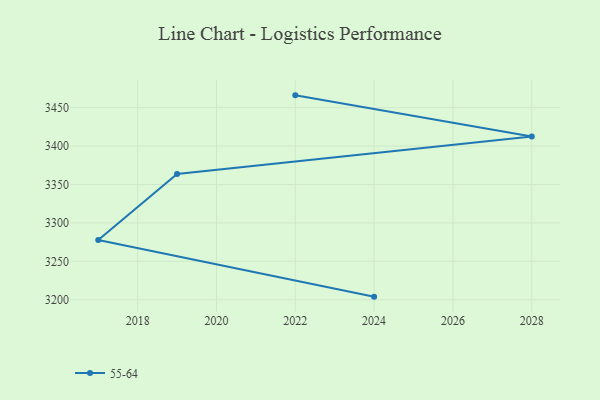
{"axis": {"x": "Year", "y": "Population (Million)"}, "legend": ["55-64"], "data": [{"x": "2022", "y": 3466.0, "type": "55-64"}, {"x": "2028", "y": 3412.4, "type": "55-64"}, {"x": "2019", "y": 3363.7, "type": "55-64"}, {"x": "2017", "y": 3277.6, "type": "55-64"}, {"x": "2024", "y": 3204.0, "type": "55-64"}]}